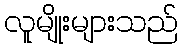
လူမျိုးများသည်